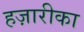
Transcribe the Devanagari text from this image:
हज़ारीका